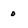
Character: o